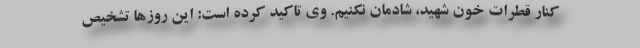
کنار قطرات خون شهید، شادمان نکنیم. وی تاکید کرده است: این روزها تشخیص